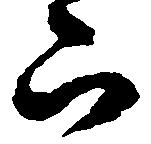
被